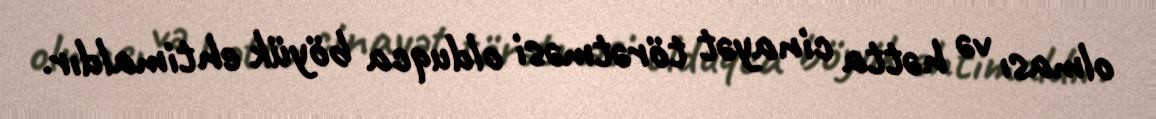
olması və hətta cinayət törətməsi olduqca böyük ehtimaldır.